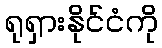
ရုရှားနိုင်ငံကို